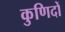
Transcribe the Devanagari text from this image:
कुणिदों